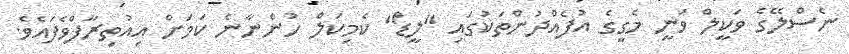
ނެސްލޭގެ ވަކީލް ވަނީ މެގީގެ އުފެއްދުންތަކުގައި "ލީޑް" ކެމިކަލް ހުންނާނެ ކަމަށް އިއުތިރާފްވެފައެވެ.